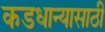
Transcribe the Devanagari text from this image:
कडधान्यासाठी